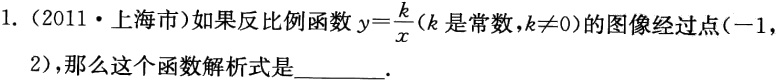
1.（2011·上海市）如果反比例函数$y = \frac{k}{x}(k$是常数，$k\neq0)$的图像经过点$(-1,2)$，那么这个函数解析式是  ．